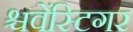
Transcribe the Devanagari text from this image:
श्चवेंस्टिगर